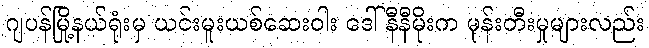
ဂျပန်မြို့နယ်ရုံးမှ ယင်းမူးယစ်ဆေးဝါး ဒေါ်နီနီမိုးက မုန်းတီးမှုများလည်း